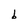
Character: b